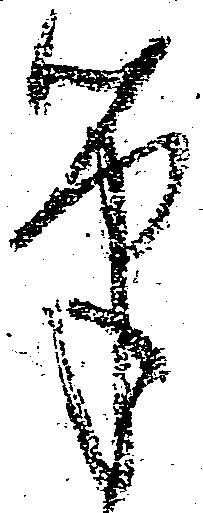
筆